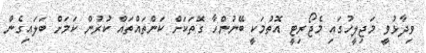
ވިދާޅުވީ މަޖިލީހުގައި މެޖޯރިޓީ އޮތުމަކީ ބޭނުންހާ ގޮތަކަށް ކަންތައްތައް ކުރުން ކަމަށް ބަލައިގެން